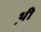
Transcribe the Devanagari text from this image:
थ़ी